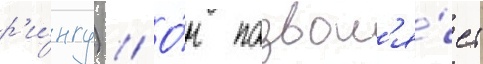
р'и́нгу) // О́н позвол'я́ет